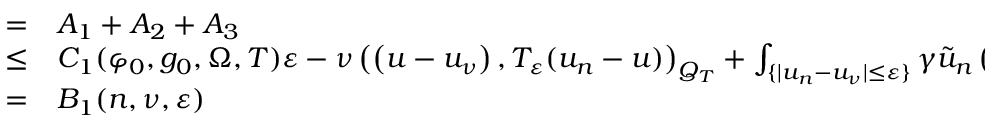
\begin{array} { r l } { = } & { { } A _ { 1 } + A _ { 2 } + A _ { 3 } } \\ { \leq } & { { } C _ { 1 } ( \varphi _ { 0 } , g _ { 0 } , \Omega , T ) \varepsilon - \nu \left( \left( u - u _ { \nu } \right) , T _ { \varepsilon } ( u _ { n } - u ) \right) _ { Q _ { T } } + \int _ { \{ | u _ { n } - u _ { \nu } | \leq \varepsilon \} } \gamma \tilde { u } _ { n } \left( \partial _ { x } \tilde { u } _ { n } \right) \partial _ { x } \left( u _ { \nu } - u \right) } \\ { = } & { { } B _ { 1 } ( n , \nu , \varepsilon ) } \end{array}